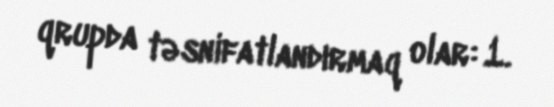
qrupda təsnifatlandırmaq olar: 1.